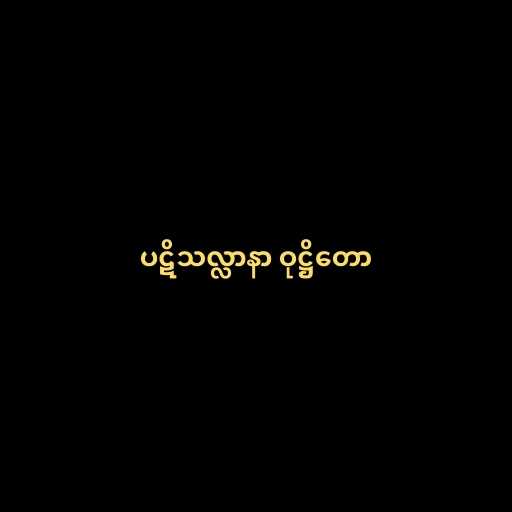
ပဋိသလ္လာနာ ဝုဋ္ဌိတော